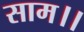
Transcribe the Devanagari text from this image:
साम।।